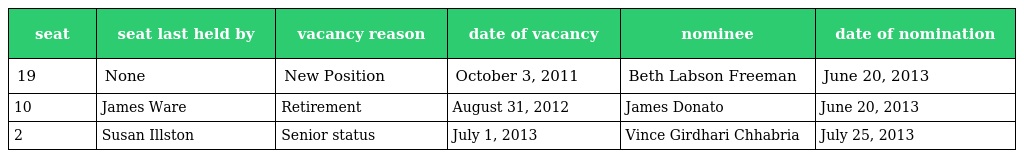
| seat | seat last held by | vacancy reason | date of vacancy | nominee | date of nomination |
 | --- | --- | --- | --- | --- | --- |
 | 19 | None | New Position | October 3, 2011 | Beth Labson Freeman | June 20, 2013 |
 | 10 | James Ware | Retirement | August 31, 2012 | James Donato | June 20, 2013 |
 | 2 | Susan Illston | Senior status | July 1, 2013 | Vince Girdhari Chhabria | July 25, 2013 |